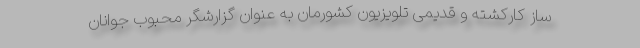
ساز کارکشته و قدیمی تلویزیون کشورمان به عنوان گزارشگر محبوب جوانان